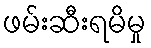
ဖမ်းဆီးရမိမှု